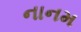
નાનમ